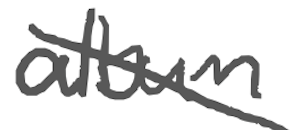
Text: album
Cross-out: diagonal
Writing tool: digital_gray